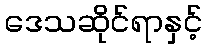
ဒေသဆိုင်ရာနှင့်